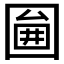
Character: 𡈇